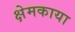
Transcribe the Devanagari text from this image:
क्षेमकाया